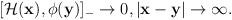
LaTeX: \begin{align*}[{\cal H}({\bf x}), \phi({\bf y})]_-\rightarrow 0, |{\bf x}-{\bf y}| \rightarrow \infty. \end{align*}